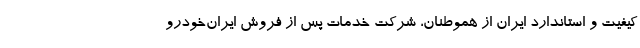
کیفیت و استاندارد ایران از هموطنان، شرکت خدمات پس از فروش ایران‌خودرو